Rangoon Lunatic Asylum 1893-1897 - 1893-1897
Year: 1893
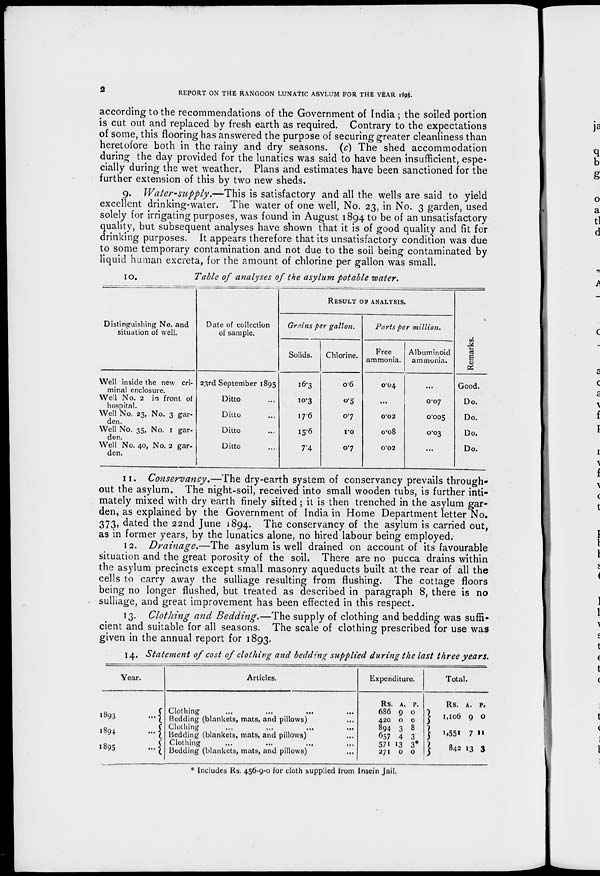
2
REPORT ON THE RANGOON LUNATIC ASYLUM FOR THE YEAR 1895.
according to the recommendations of the Government of India ; the soiled portion
is cut out and replaced by fresh earth as required. Contrary to the expectations
of some, this flooring has answered the purpose of securing greater cleanliness than
heretofore both in the rainy and dry seasons. (c) The shed accommodation
during the day provided for the lunatics was said to have been insufficient, espe-
cially during the wet weather. Plans and estimates have been sanctioned for the
further extension of this by two new sheds.
9. Water-supply.—This is satisfactory and all the wells are said to yield
excellent drinking-water. The water of one well, No. 23, in No. 3 garden, used
solely for irrigating purposes, was found in August 1894 to be of an unsatisfactory
quality, but subsequent analyses have shown that it is of good quality and fit for
drinking purposes. It appears therefore that its unsatisfactory condition was due
to some temporary contamination and not due to the soil being contaminated by
liquid human excreta, for the amount of chlorine per gallon was small.
10.
Table of analyses of the asylum potable water.
Distinguishing No. and
situation of well.
Well inside the new cri-
minal enclosure.
Well No. 2 in front of
hospital.
Well No. 23, No. 3 gar-
den.
Well No. 35, No. 1 gar-
den.
Well No. 40, No. 2 gar-
den.
Date of collection
of sample.
23rd September 1895
Ditto ...
Ditto ...
Ditto ...
Ditto ...
RESULT OF ANALYSIS.
Grains per gallon.
Solids.
16.3
10.3
17.6
15.6
7.4
Chlorine.
0.6
0.5
0.7
1.0
0.7
Parts per million.
Free
ammonia.
0.04
...
0.02
0.08
0.02
Albuminoid
ammonia.
...
0.07
0.005
0.03
...
Remarks.
Good.
Do.
Do.
Do.
Do.
11. Conservancy.—The dry-earth system of conservancy prevails through-
out the asylum. The night-soil, received into small wooden tubs, is further inti-
mately mixed with dry earth finely sifted ; it is then trenched in the asylum gar-
den, as explained by the Government of India in Home Department letter No.
373, dated the 22nd June 1894. The conservancy of the asylum is carried out,
as in former years, by the lunatics alone, no hired labour being employed.
12. Drainage.—The asylum is well drained on account of its favourable
situation and the great porosity of the soil. There are no pucca drains within
the asylum precincts except small masonry aqueducts built at the rear of all the
cells to carry away the sulliage resulting from flushing. The cottage floors
being no longer flushed, but treated as described in paragraph 8, there is no
sulliage, and great improvement has been effected in this respect.
13. Clothing and Bedding.—The supply of clothing and bedding was suffi-
cient and suitable for all seasons. The scale of clothing prescribed for use was
given in the annual report for 1893.
14. Statement of cost of clothing and bedding supplied during the last three years.
Year.
1893
...
1894
...
1895
...
Articles.
Clothing ... ... ... ...
Bedding (blankets, mats, and pillows) ...
Clothing ... ... ... ...
Bedding (blankets, mats, and pillows) ...
Clothing ... ...
...
...
Bedding (blankets, mats, and pillows)
Expenditure.
Rs.
686
420
894
657
571
271
A.
9
0
3
4
13
0
P.
0
0
8
3
3*
0
Total.
Rs.
1,106
1,551
842
A.
9
7
13
P.
0
11
3
* Includes Rs. 456-9-0 for cloth supplied from Insein Jail.